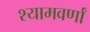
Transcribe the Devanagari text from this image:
श्यामवर्णां